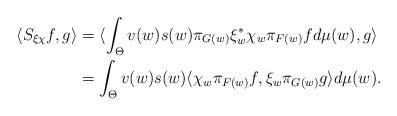
LaTeX: \begin{align*}\langle S_{\xi\chi}f,g\rangle&=\langle \int_{\Theta}v(w)s(w)\pi_{G(w)}\xi_{w}^{\ast}\chi_{w}\pi_{F(w)}fd\mu(w),g\rangle \\&=\int_{\Theta}v(w)s(w)\langle \chi_{w}\pi_{F(w)}f,\xi_{w}\pi_{G(w)}g\rangle d\mu(w).\end{align*}